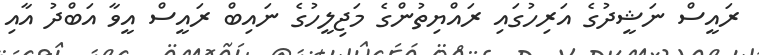
ރައީސް ނަޝީދުގެ އަރިހުގައި ރައްޔިތުންގެ މަޖިލީހުގެ ނައިބް ރައީސް އީވާ އަބްދު އާއި